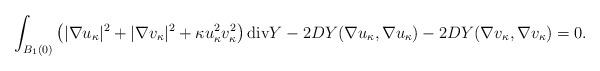
LaTeX: \begin{align*}\int_{B_1(0)}\left(|\nabla u_\kappa|^2+|\nabla v_\kappa|^2+\kappa u_\kappa^2v_\kappa^2\right)\mbox{div}Y-2DY(\nabla u_\kappa,\nabla u_\kappa)-2DY(\nabla v_\kappa,\nabla v_\kappa)=0.\end{align*}